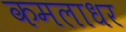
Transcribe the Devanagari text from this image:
कमलाधर